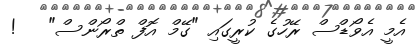
އެމީ އެވޯޑްސް ރޭހުގެ ކުރީގައި "ގޭމް އޮފް ތްރޯންސް"   !